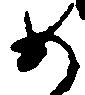
め